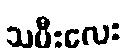
သမီးလေး